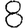
Digit: 8